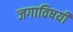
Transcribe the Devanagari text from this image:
जगाविषयी